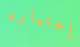
إختياره